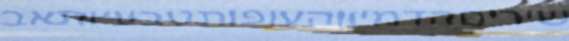
שיריםהדמיוןהעופותטבעיותאב